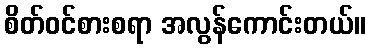
စိတ်ဝင်စားစရာ အလွန်ကောင်းတယ်။